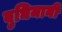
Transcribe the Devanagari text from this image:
बुधिमानी